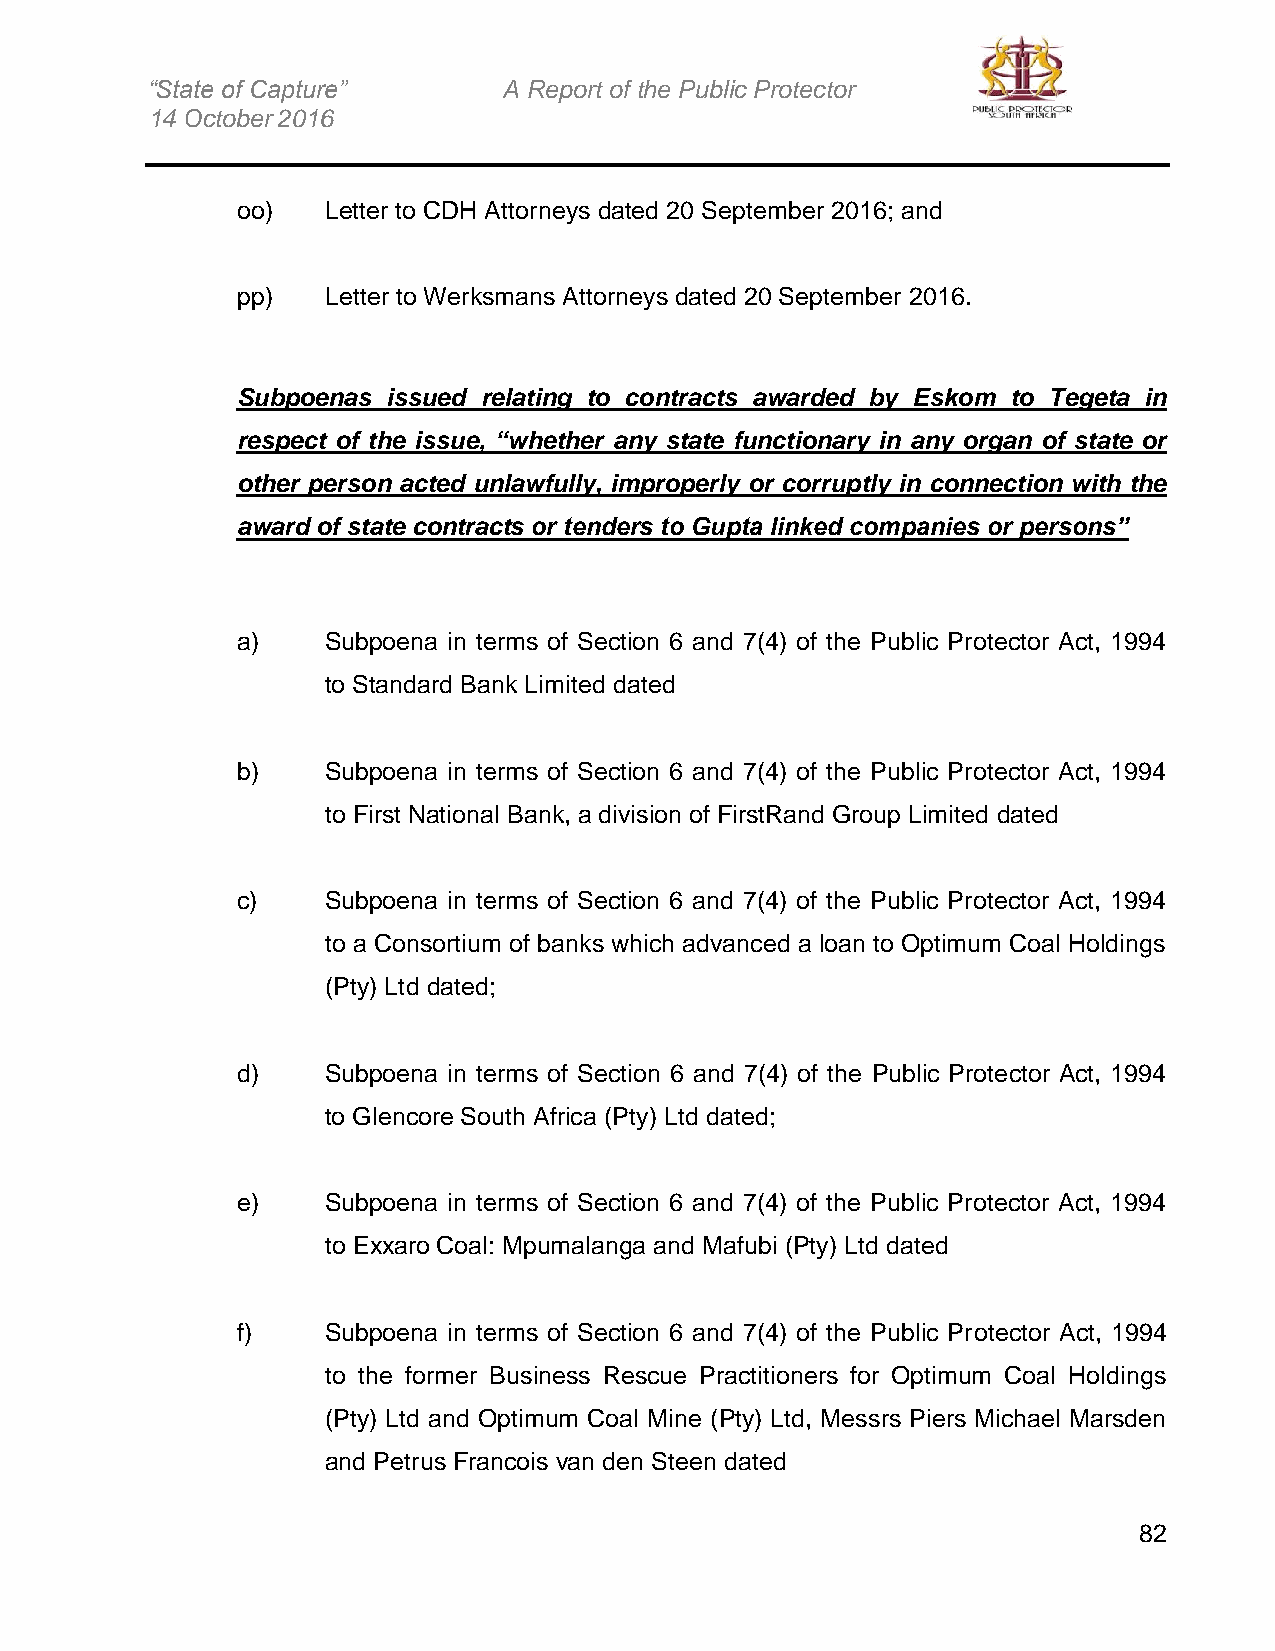
“State of Capture”     A Report of the Public Protector
 14 October 2016
 oo)   Letter to CDH Attorneys dated 20 September 2016; and
 pp)   Letter to Werksmans Attorneys dated 20 September 2016.
 Subpoenas issued relating to contracts awarded by Eskom to Tegeta in
 respect of the issue, “whether any state functionary in any organ of state or
 other person acted unlawfully, improperly or corruptly in connection with the
 award of state contracts or tenders to Gupta linked companies or persons”
 a)    Subpoena in terms of Section 6 and 7(4) of the Public Protector Act, 1994
 to Standard Bank Limited dated
 b)    Subpoena in terms of Section 6 and 7(4) of the Public Protector Act, 1994
 to First National Bank, a division of FirstRand Group Limited dated
 c)    Subpoena in terms of Section 6 and 7(4) of the Public Protector Act, 1994
 to a Consortium of banks which advanced a loan to Optimum Coal Holdings
 (Pty) Ltd dated;
 d)    Subpoena in terms of Section 6 and 7(4) of the Public Protector Act, 1994
 to Glencore South Africa (Pty) Ltd dated;
 e)    Subpoena in terms of Section 6 and 7(4) of the Public Protector Act, 1994
 to Exxaro Coal: Mpumalanga and Mafubi (Pty) Ltd dated
 f)    Subpoena in terms of Section 6 and 7(4) of the Public Protector Act, 1994
 to the former Business Rescue Practitioners for Optimum Coal Holdings
 (Pty) Ltd and Optimum Coal Mine (Pty) Ltd, Messrs Piers Michael Marsden
 and Petrus Francois van den Steen dated
 82